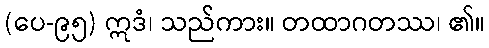
(ပေ-၉၅) ဣဒံ၊ သည်ကား။ တထာဂတဿ၊ ၏။